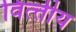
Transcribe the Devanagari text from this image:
वित्त्तीय